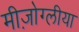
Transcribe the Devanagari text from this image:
मीज़ोग्लीया